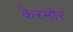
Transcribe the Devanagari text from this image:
केरमोर